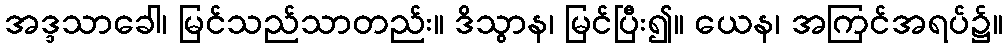
အဒ္ဒသာခေါ၊ မြင်သည်သာတည်း။ ဒိသွာန၊ မြင်ပြီး၍။ ယေန၊ အကြင်အရပ်၌။